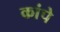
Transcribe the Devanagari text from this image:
कांपे